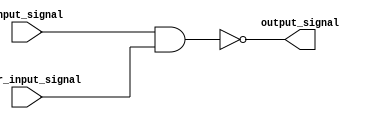
module complex_logic_gate (
    input wire input_signal,
    input wire other_input_signal,
    output wire output_signal
);

assign output_signal = ~(input_signal & other_input_signal);

endmodule